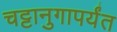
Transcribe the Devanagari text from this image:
चट्टानुगापर्यंत